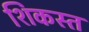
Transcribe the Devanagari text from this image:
शिकस्‍त